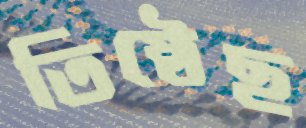
তিষ্ঠেছ